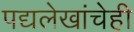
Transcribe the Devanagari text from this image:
पद्यलेखांचेही